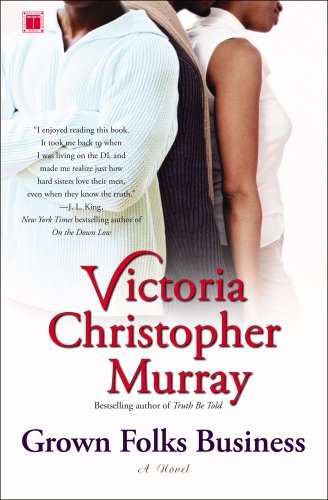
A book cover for Grown Folks Business: A Novel; Victoria Christopher Murray; Literature & Fiction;